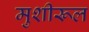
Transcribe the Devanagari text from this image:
मुशीरूल